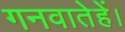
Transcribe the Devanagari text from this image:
गनवातेहें।